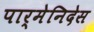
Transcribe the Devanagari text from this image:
पार्मेनिदेस